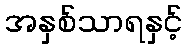
အနှစ်သာရနှင့်